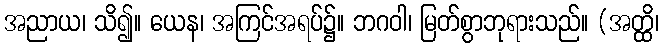
အညာယ၊ သိ၍။ ယေန၊ အကြင်အရပ်၌။ ဘဂဝါ၊ မြတ်စွာဘုရားသည်။ (အတ္ထိ၊